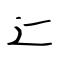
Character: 辷